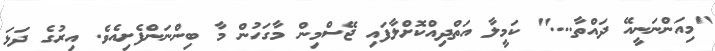
"މިއަންނަނީއޭ ދައްތާ...." ކަމީލާ އަތްދިއްކޮށްލާފައި ޖޭސްމިން މާގަހުން މާ ބިންނަންފެށިއެވެ. އިރުގެ ދަޅަ